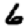
Digit: 6